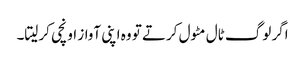
اگر لوگ ٹال مٹول کرتے تو وہ اپنی آواز اونچی کرلیتا۔